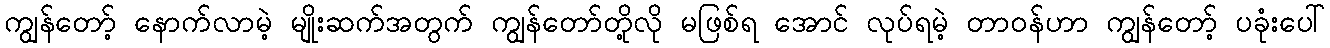
ကျွန်တော့် နောက်လာမဲ့ မျိုးဆက်အတွက် ကျွန်တော်တို့လို မဖြစ်ရ အောင် လုပ်ရမဲ့ တာဝန်ဟာ ကျွန်တော့် ပခုံးပေါ်